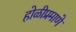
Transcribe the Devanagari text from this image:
होळीप्रमाणे